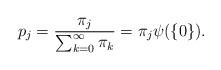
LaTeX: \begin{align*}p_j = \frac{\pi_j}{\sum_{k=0}^\infty \pi_k}=\pi_j\psi(\{0\}).\end{align*}